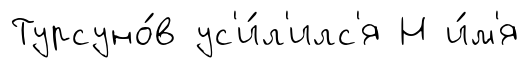
Турсуно́в ус'и́л'илс'я Н и́м'я